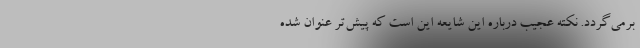
بر‌می‌گردد. نکته عجیب درباره این شایعه این است که پیش‌تر عنوان شده